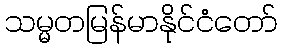
သမ္မတမြန်မာနိုင်ငံတော်